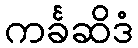
ကင်္ခဆိဒံ